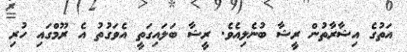
އަތުގެ އިޝާރާތުުން ރީޝާ ބުނެލިއެވެ. ރީޝާ ބަލައިގަތީީ އެވަގުތު އެ ރޫމްގައި ހުރި